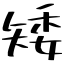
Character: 矮